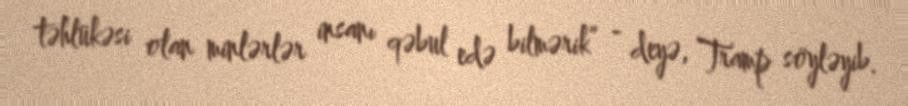
təhlükəsi olan minlərlər insanı qəbul edə bilmərik” - deyə, Tramp söyləyib.